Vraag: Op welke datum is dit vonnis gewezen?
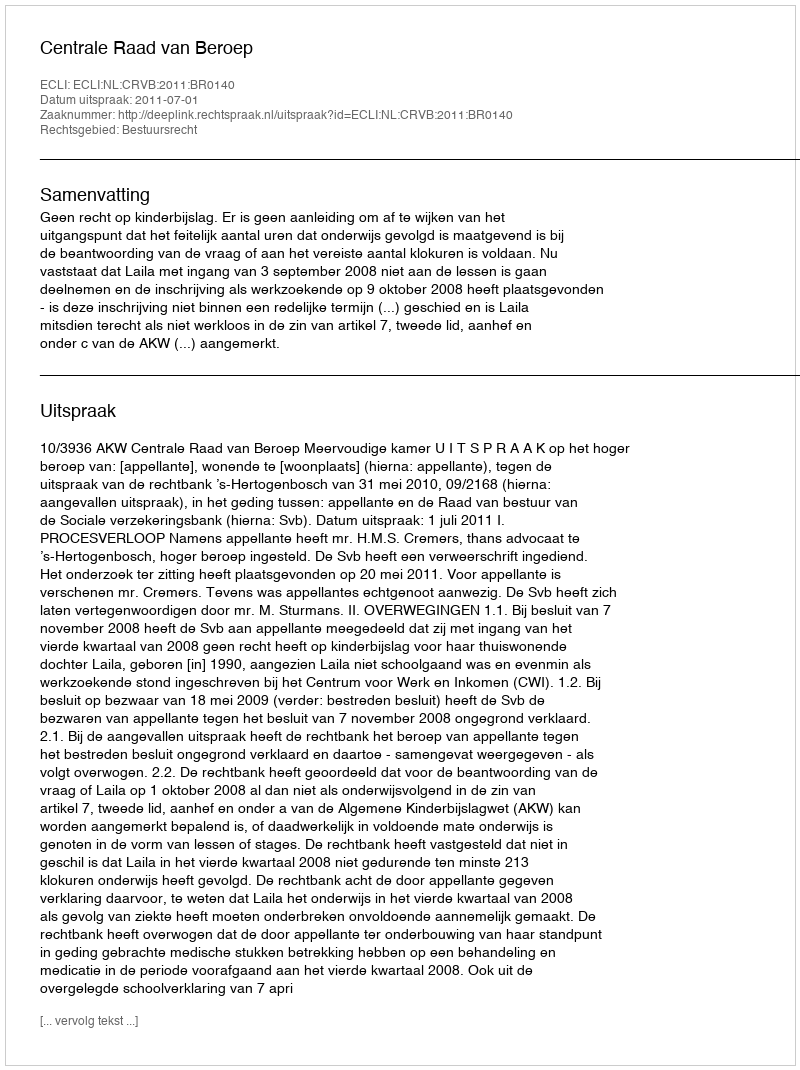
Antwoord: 2011-07-01